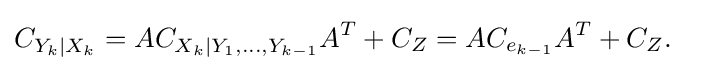
{\begin{aligned}C_{Y_{k}|X_{k}}&=AC_{X_{k}|Y_{1},\ldots ,Y_{k-1}}A^{T}+C_{Z}=AC_{e_{k-1}}A^{T}+C_{Z}.\end{aligned}}